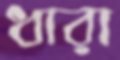
ধারা